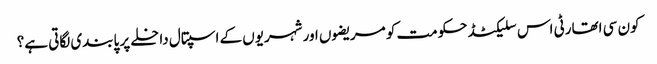
کون سی اتھارٹی اس سلیکٹڈ حکومت کو مریضوں اور شہریوں کے اسپتال داخلے پر پابندی لگاتی ہے؟